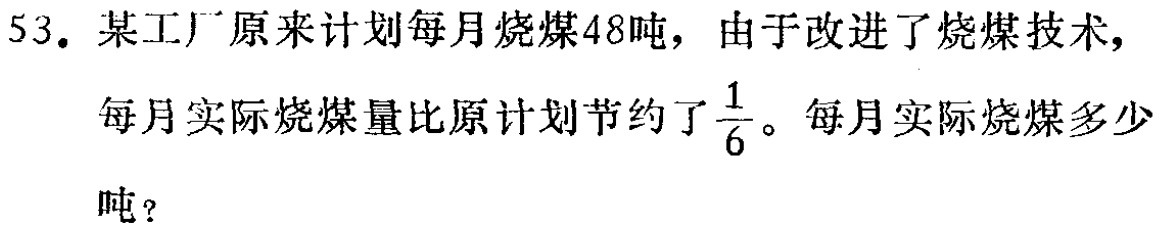
53. 某工厂原来计划每月烧煤48吨，由于改进了烧煤技术，每月实际烧煤量比原计划节约了$\frac{1}{6}$。每月实际烧煤多少吨？